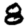
Digit: 8